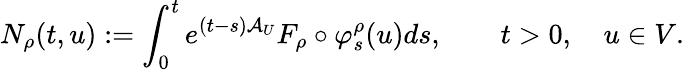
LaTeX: N_{\rho}(t,u):=\int_{0}^{t}e^{(t-s)\mathcal{A}_{U}}F_{\rho}\circ\varphi_{s}^{\rho}(u)ds,\qquad t>0,\quad u\in V.